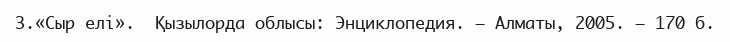
3.«Сыр елі».  Қызылорда облысы: Энциклопедия. – Алматы, 2005. – 170 б.